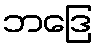
ဘဒြေ